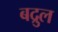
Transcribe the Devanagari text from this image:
बद्रुल